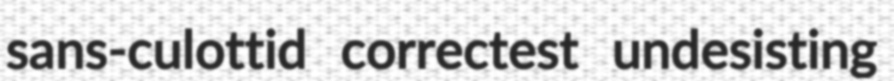
sans-culottid correctest undesisting